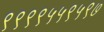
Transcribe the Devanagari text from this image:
९९९९५५९५९७